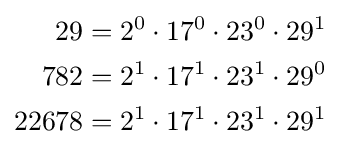
{\begin{aligned}29&=2^{0}\cdot 17^{0}\cdot 23^{0}\cdot 29^{1}\\782&=2^{1}\cdot 17^{1}\cdot 23^{1}\cdot 29^{0}\\22678&=2^{1}\cdot 17^{1}\cdot 23^{1}\cdot 29^{1}\\\end{aligned}}